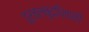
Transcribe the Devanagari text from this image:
दुर्बलबुद्धिवाली